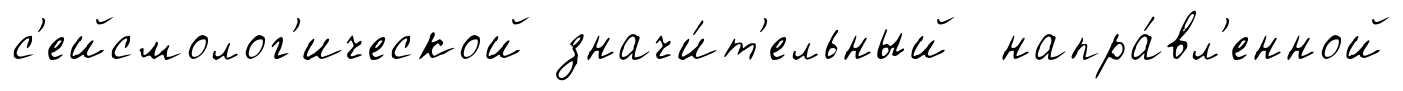
с'ейсмолог'ической значи́т'ельный напра́вл'енной